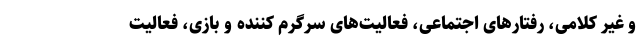
و غیر کلامی، رفتارهای اجتماعی، فعالیت‌های سرگرم کننده و بازی، فعالیت